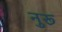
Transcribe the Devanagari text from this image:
नुरू